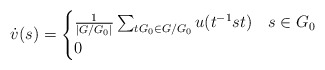
\begin{align*}\dot{v}(s)=\begin{cases} \frac{1}{|G/G_0|}\sum_{tG_0\in G/G_0}u(t^{-1}st) &s\in G_0 \\0 &\end{cases}\end{align*}